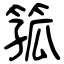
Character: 箛